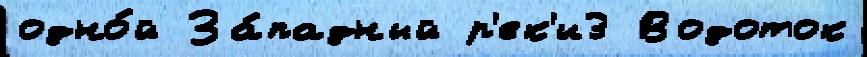
одно́й За́падный р'ек'и3 Водоток